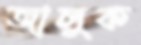
জালুক